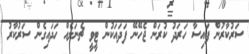
ސަރުކާރުން ފައިސާ ހަރަދު ކުރަން ޖެހޭނޭ ފަދައަކުން ޓީވީ ޗެނަލެއް ހަދައިގެން ސަރުކާރު